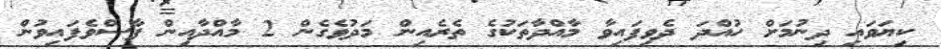
ކިޔަވައި ދިނުމަށް ހުއްދަ ދެވިފައިވާ މާއްދާތަކުގެ ތެރެއިން މަދުވެގެން 2 މާއްދާއިން ފާސްވެފައިވުން